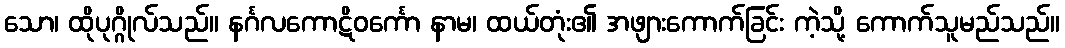
သော၊ ထိုပုဂ္ဂိုလ်သည်။ နင်္ဂလကောဋိဝင်္ကော နာမ၊ ထယ်တုံး၏ အဖျားကောက်ခြင်း ကဲ့သို့ ကောက်သူမည်သည်။